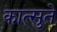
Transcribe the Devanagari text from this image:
कात्सुते